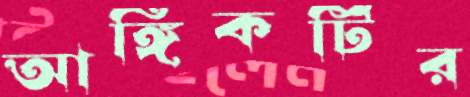
আঙ্গিকটির